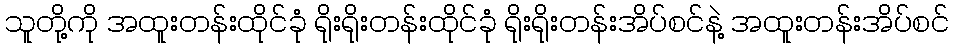
သူတို့ကို အထူးတန်းထိုင်ခုံ ရိုးရိုးတန်းထိုင်ခုံ ရိုးရိုးတန်းအိပ်စင်နဲ့ အထူးတန်းအိပ်စင်